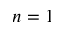
n = 1